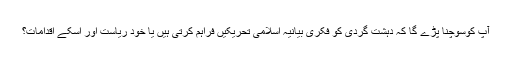
آپ کوسوچنا پڑے گا کہ دہشت گردی کو فکری بیانیہ اسلامی تحریکیں فراہم کرتی ہیں یا خود ریاست اور اسکے اقدامات؟